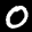
Label: 0